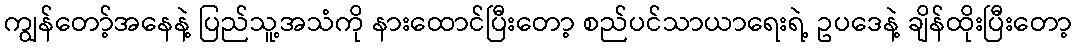
ကျွန်တော့်အနေနဲ့ ပြည်သူ့အသံကို နားထောင်ပြီးတော့ စည်ပင်သာယာရေးရဲ့ ဥပဒေနဲ့ ချိန်ထိုးပြီးတော့